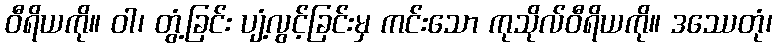
ဝီရိယကို။ ဝါ၊ တွံ့ခြင်း ပျံ့လွင့်ခြင်းမှ ကင်းသော ကုသိုလ်ဝီရိယကို။ ဒဿေတုံ၊